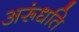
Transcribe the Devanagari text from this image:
अरूंधति